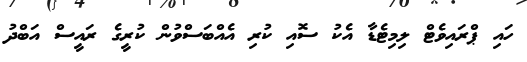
ހައި ޕްރައިވެޓް ލިމިޓެޑާ އެކު ސޮއި ކުރި އެއްބަސްވުން ކުރީގެ ރައީސް އަބްދު